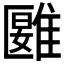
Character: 𩀀